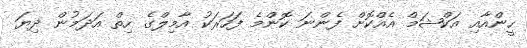
ހީންއާއި އަކްޝަމް އެއްކޮށް ފެންނަ ކޮންމެ ފަހަރަކު އާމިލްގެ ހިތް އަދަމުން ދިޔަ